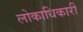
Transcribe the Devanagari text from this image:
लोकाधिकारी